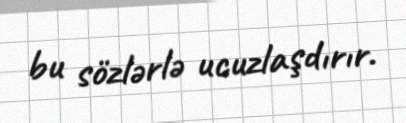
bu sözlərlə ucuzlaşdırır.